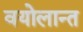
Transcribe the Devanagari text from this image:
वयोलान्त